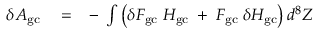
\begin{array} { r l r } { \delta { \cal A } _ { \mathrm { g c } } } & { { } = } & { - \; \int \left( \delta { \cal F } _ { \mathrm { g c } } \; { \cal H } _ { \mathrm { g c } } \; + \frac { } { } { \cal F } _ { \mathrm { g c } } \; \delta { \cal H } _ { \mathrm { g c } } \right) d ^ { 8 } Z } \end{array}